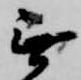
無